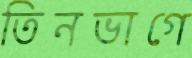
তিনভাগে